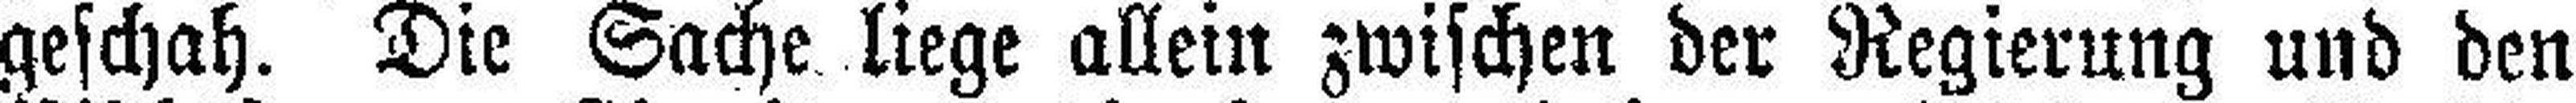
geschah. Die Sache liege allein zwischen der Regierung und den